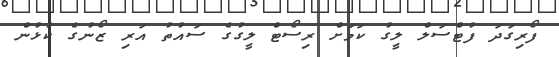
ފޯރިގަދަ ފުޓްސަލް ލީގު ކަމަށް ރިސޯޓް ލީގުގެ ސައުތު އަރި ޒޯނުގެ ކުޅުން